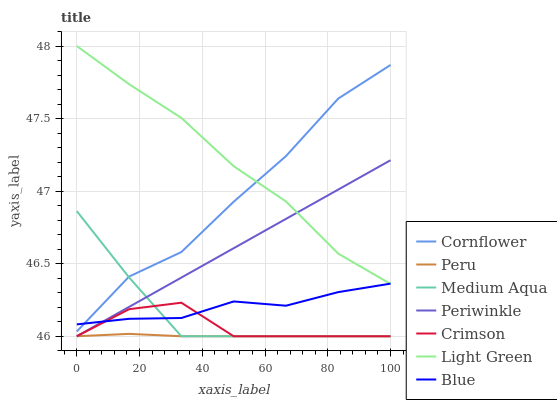
| xaxis_label | Cornflower | Peru | Medium Aqua | Periwinkle | Crimson | Light Green | Blue |
 | --- | --- | --- | --- | --- | --- | --- | --- |
 | 0 | 46 | 46 | 46.9 | 46 | 46 | 48 | 46.1 |
 | 16.7 | 46.4 | 46 | 46.4 | 46.2 | 46.2 | 47.7 | 46.1 |
 | 33.3 | 46.6 | 46 | 46 | 46.4 | 46.2 | 47.5 | 46.1 |
 | 50 | 46.9 | 46 | 46 | 46.6 | 46 | 47.2 | 46.2 |
 | 66.7 | 47.2 | 46 | 46 | 46.8 | 46 | 46.9 | 46.2 |
 | 83.3 | 47.6 | 46 | 46 | 47 | 46 | 46.6 | 46.3 |
 | 100 | 47.9 | 46 | 46 | 47.2 | 46 | 46.4 | 46.4 |